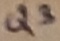
Text: Q3